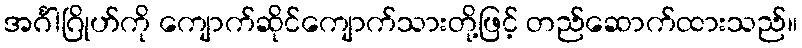
အင်္ဂါဂြိုဟ်ကို ကျောက်ဆိုင်ကျောက်သားတို့ဖြင့် တည်ဆောက်ထားသည်။